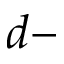
d -